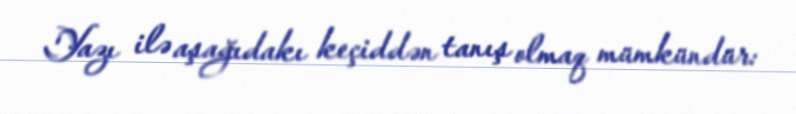
Yazı ilə aşağıdakı keçiddən tanış olmaq mümkündür: